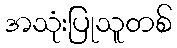
အသုံးပြုသူတစ်